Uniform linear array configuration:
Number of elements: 64
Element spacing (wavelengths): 0.5
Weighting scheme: hann
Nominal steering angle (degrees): -30
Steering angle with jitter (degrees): -29.489
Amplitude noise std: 0.05
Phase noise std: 0.05

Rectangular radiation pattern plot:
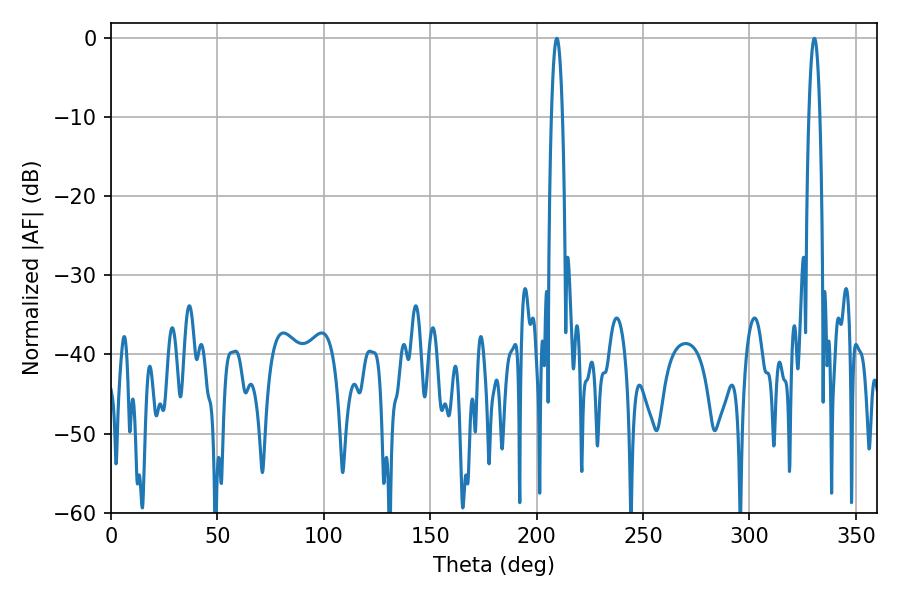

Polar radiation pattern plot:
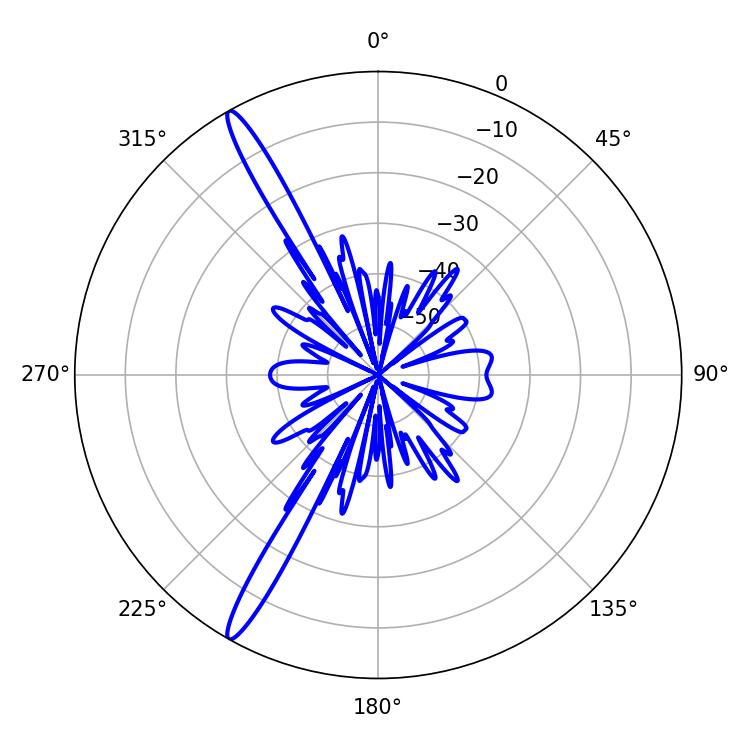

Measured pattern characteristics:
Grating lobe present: FALSE
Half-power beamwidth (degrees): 2.88
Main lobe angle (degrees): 330.48